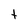
Character: t